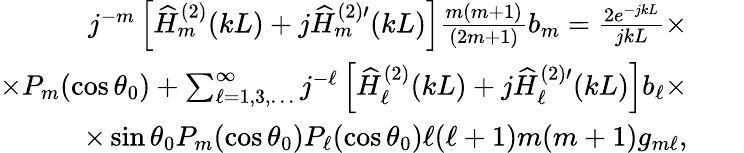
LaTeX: \begin{array}{rlr}{j^{-m}\left[\widehat{H}_{m}^{(2)}(kL)+j\widehat{H}_{m}^{(2)\prime}(kL)\right]\frac{m(m+1)}{(2m+1)}b_{m}=\frac{2e^{-jkL}}{jkL}\times}&{}&\\ {\times P_{m}(\cos\theta_{0})+\sum_{\ell=1,3,\ldots}^{\infty}j^{-\ell}\left[\widehat{H}_{\ell}^{(2)}(kL)+j\widehat{H}_{\ell}^{(2)\prime}(kL)\right]b_{\ell}\times}&{}&\\ {\times\sin\theta_{0}P_{m}(\cos\theta_{0})P_{\ell}(\cos\theta_{0})\ell(\ell+1)m(m+1)g_{m\ell},}&{}&\end{array}